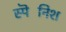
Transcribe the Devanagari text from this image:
स्पॆनिश